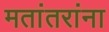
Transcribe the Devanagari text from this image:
मतांतरांना